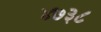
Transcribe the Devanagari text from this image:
४७३८